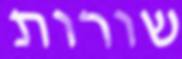
שורות